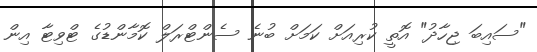
"ސައިބަ ޖިހާދު" އޮތީ ކުރިއަށް ކަމަށް ބުނެ ސެންޓްރަލް ކޮމާންޑުގެ ޓްވިޓާ އިން